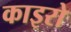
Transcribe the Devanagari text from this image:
काइरो